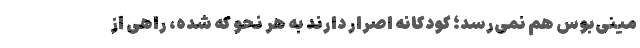
مینی‌بوس هم نمی‌رسد؛ کودکانه اصرار دارند به هر نحو که شده، راهی از